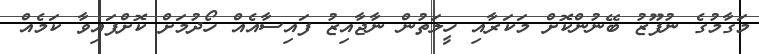
މަގާމުގެ ނުފޫޒު ބޭނުންކޮށް މަކަރާއި ހީލަތުން ނާޖާއިޒު ފައިސާއެއް ހޯދުމަށް ކޮށްފައިވާ ކަމެއް